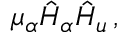
\mu _ { \alpha } \hat { H } _ { \alpha } \hat { H } _ { u } \, ,